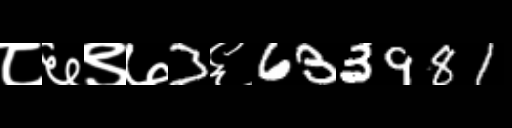
Text: ८६९७3६633981